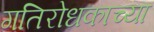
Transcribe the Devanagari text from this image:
गतिरोधकाच्या